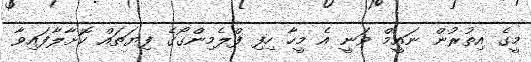
މީގެ އިތުރުން ނައީމް ވަނީ އެ މީހާ ހިފި ފްލެމިންގޯގެ ފިޔަތައް ކޮށާލާފައިވާ